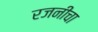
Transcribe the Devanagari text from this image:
रजनीचा